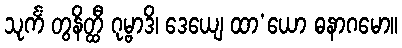
သုင်္ကံ တွနိတ္ထီ ဂုမ္ဗာဒိ၊ ဒေယျေ ထာ’ယော ဓနာဂမော။